Annual report on the Civil Veterinary Department, Burma (including the Insein Veterinary School) - 1923-1931
Year: 1923
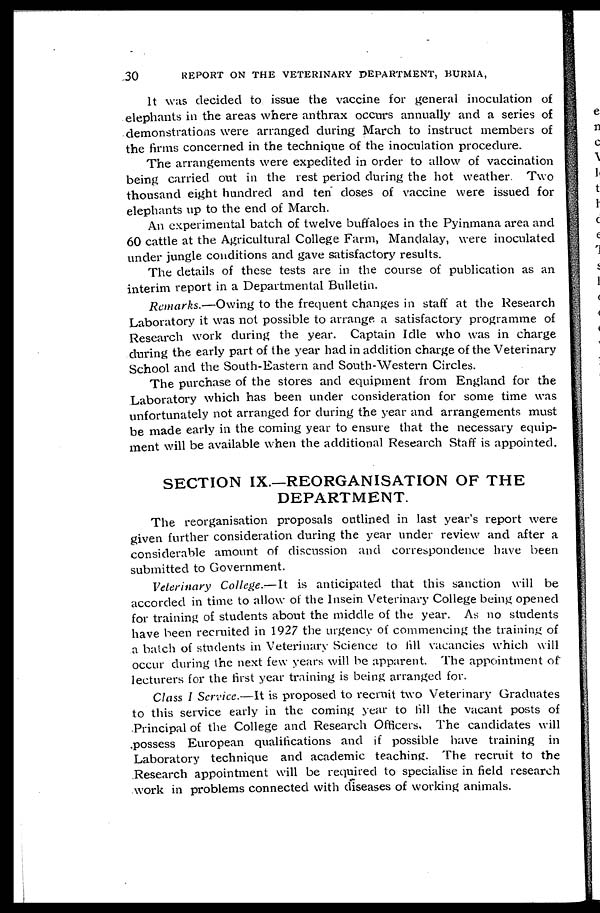
30
REPORT ON THE VETERINARY DEPARTMENT, BURMA,
It was decided to issue the vaccine for general inoculation of
elephants in the areas where anthrax occurs annually and a series of
demonstrations were arranged during March to instruct members of
the firms concerned in the technique of the inoculation procedure.
The arrangements were expedited in order to allow of vaccination
being carried out in the rest period during the hot weather. Two
thousand eight hundred and ten doses of vaccine were issued for
elephants up to the end of March.
An experimental batch of twelve buffaloes in the Pyinmana area and
60 cattle at the Agricultural College Farm, Mandalay, were inoculated
under jungle conditions and gave satisfactory results.
The details of these tests are in the course of publication as an
interim report in a Departmental Bulletin.
Remarks.—Owing to the frequent changes in staff at the Research
Laboratory it was not possible to arrange a satisfactory programme of
Research work during the year. Captain Idle who was in charge
during the early part of the year had in addition charge of the Veterinary
School and the South-Eastern and South-Western Circles.
The purchase of the stores and equipment from England for the
Laboratory which has been under consideration for some time was
unfortunately not arranged for during the year and arrangements must
be made early in the coming year to ensure that the necessary equip-
ment will be available when the additional Research Staff is appointed.
SECTION IX.—REORGANISATION OF THE
DEPARTMENT.
The reorganisation proposals outlined in last year's report were
given further consideration during the year under review and after a
considerable amount of discussion and correspondence have been
submitted to Government.
Veterinary College.—It is anticipated that this sanction will be
accorded in time to allow of the Insein Veterinary College being opened
for training of students about the middle of the year. As no students
have been recruited in 1927 the urgency of commencing the training of
a batch of students in Veterinary Science to fill vacancies which will
occur during the next few years will be apparent. The appointment of
lecturers for the first year training is being arranged for.
Class I Service.—It is proposed to recruit two Veterinary Graduates
to this service early in the coming year to fill the vacant posts of
Principal of the College and Research Officers, The candidates will
possess European qualifications and if possible have training in
Laboratory technique and academic teaching. The recruit to the
Research appointment will be required to specialise in field research
work in problems connected with diseases of working animals.